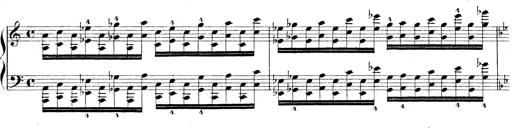
Title: Technische Studien
Composer: Franz Liszt